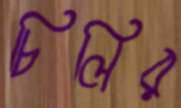
চিলির